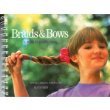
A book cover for Braids and Bows A Book of Instruction; Klutz; Health, Fitness & Dieting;